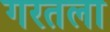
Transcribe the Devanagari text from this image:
गरतला